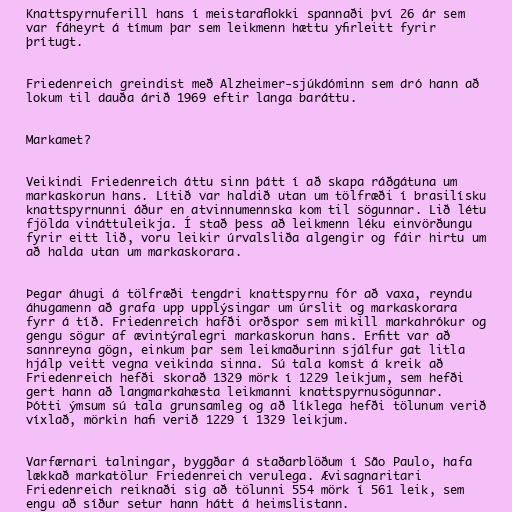
Knattspyrnuferill hans í meistaraflokki spannaði því 26 ár sem
var fáheyrt á tímum þar sem leikmenn hættu yfirleitt fyrir
þrítugt.

Friedenreich greindist með Alzheimer-sjúkdóminn sem dró hann að
lokum til dauða árið 1969 eftir langa baráttu.

Markamet?

Veikindi Friedenreich áttu sinn þátt í að skapa ráðgátuna um
markaskorun hans. Lítið var haldið utan um tölfræði í brasilísku
knattspyrnunni áður en atvinnumennska kom til sögunnar. Lið létu
fjölda vináttuleikja. Í stað þess að leikmenn léku einvörðungu
fyrir eitt lið, voru leikir úrvalsliða algengir og fáir hirtu um
að halda utan um markaskorara.

Þegar áhugi á tölfræði tengdri knattspyrnu fór að vaxa, reyndu
áhugamenn að grafa upp upplýsingar um úrslit og markaskorara
fyrr á tíð. Friedenreich hafði orðspor sem mikill markahrókur og
gengu sögur af ævintýralegri markaskorun hans. Erfitt var að
sannreyna gögn, einkum þar sem leikmaðurinn sjálfur gat litla
hjálp veitt vegna veikinda sinna. Sú tala komst á kreik að
Friedenreich hefði skorað 1329 mörk í 1229 leikjum, sem hefði
gert hann að langmarkahæsta leikmanni knattspyrnusögunnar.
Þótti ýmsum sú tala grunsamleg og að líklega hefði tölunum verið
víxlað, mörkin hafi verið 1229 í 1329 leikjum.

Varfærnari talningar, byggðar á staðarblöðum í São Paulo, hafa
lækkað markatölur Friedenreich verulega. Ævisagnaritari
Friedenreich reiknaði sig að tölunni 554 mörk í 561 leik, sem
engu að síður setur hann hátt á heimslistann.